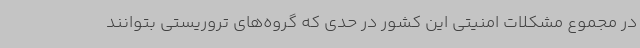
در مجموع مشکلات امنیتی این کشور در حدی که گروه‌های تروریستی بتوانند